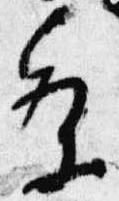
条